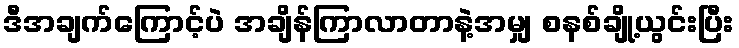
ဒီအချက်ကြောင့်ပဲ အချိန်ကြာလာတာနဲ့အမျှ စနစ်ချို့ယွင်းပြီး